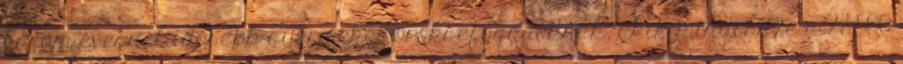
három évesnél idősebb gyermeket örökbefogadóknak, akik mindössze a 28.500